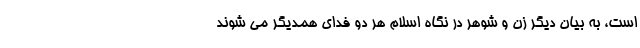
است، به بیان دیگر زن و شوهر در نگاه اسلام هر دو فدای همدیگر می شوند